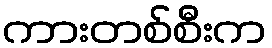
ကားတစ်စီးက